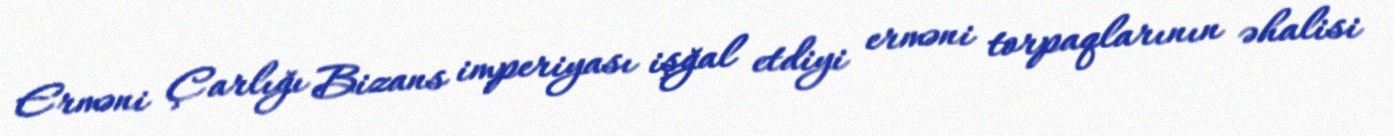
Erməni Çarlığı Bizans imperiyası işğal etdiyi erməni torpaqlarının əhalisi